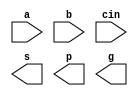


module fulladder #(parameter d=2)(
 input a,
   input b,
   input cin,
   output s,
   output p,
   output g
   );
   
   
   
 xor #(d)(a,b,cin,s);
or #(d)(a,b,p);
and #(d)(a,b,g);


endmodule